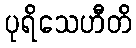
ပုရိသေဟီတိ